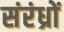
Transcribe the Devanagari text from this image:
संरंध्रों